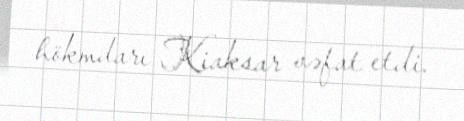
hökmdarı Kiaksar vəfat etdi.